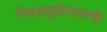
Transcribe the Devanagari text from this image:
निवडणुकीनंतरची